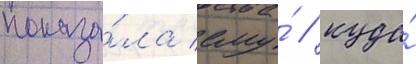
показа́ла ему́ / куда́